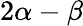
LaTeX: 2\alpha-\beta